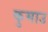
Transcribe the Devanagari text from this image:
कुमाउ